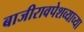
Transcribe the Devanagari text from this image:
बाजीरावपेशव्याच्या